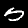
Digit: 5